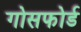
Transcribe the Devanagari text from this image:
गोसफोर्ड